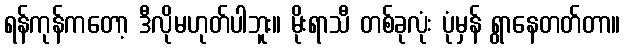
ရန်ကုန်ကတော့ ဒီလိုမဟုတ်ပါဘူး။ မိုးရာသီ တစ်ခုလုံး ပုံမှန် ရွာနေတတ်တာ။